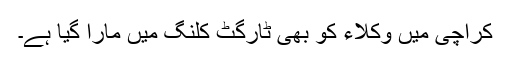
کراچی میں وکلاء کو بھی ٹارگٹ کلنگ میں مارا گیا ہے۔